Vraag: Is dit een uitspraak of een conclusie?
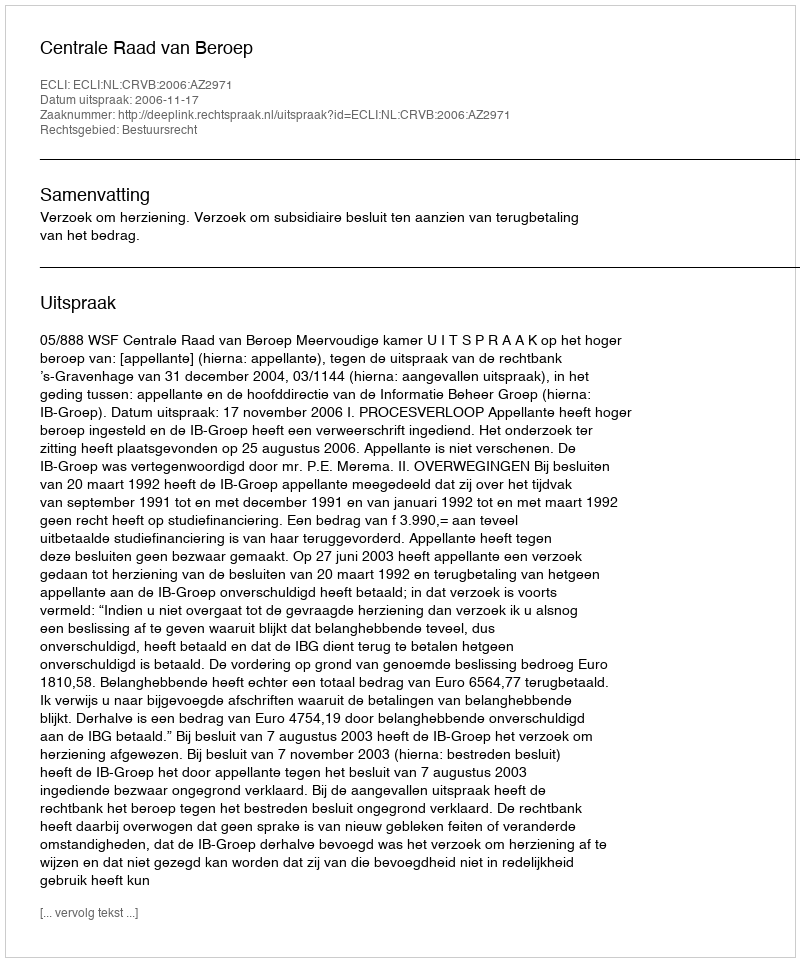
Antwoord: Uitspraak